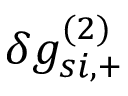
\delta g _ { s i , + } ^ { ( 2 ) }